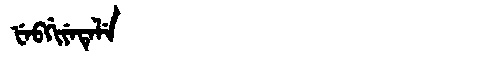
Manchu: ᡶᡝᠪᡤᡳᠶᡝᡨᡝᠯᡝ
Romanization: FEBGIYETELE